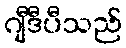
ဂျီဒီပီသည်